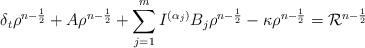
LaTeX: \begin{align*} \delta_t\rho^{n-\frac{1}{2}} + A\rho^{n-\frac{1}{2}} &+ \sum\limits_{j=1}^m I^{(\alpha_j)} B_j\rho^{n-\frac{1}{2}} - \kappa \rho^{n-\frac{1}{2}} = \mathcal{R}^{n-\frac{1}{2}} \end{align*}